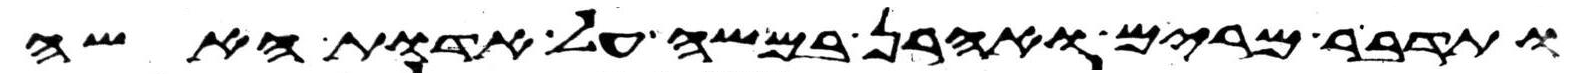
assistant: ותדבר מרים ואהרן במשה על אדות האשה